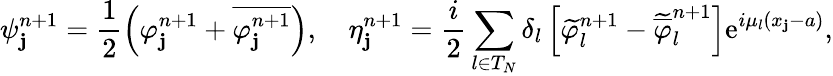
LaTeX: \psi_{\mathbf{j}}^{n+1}=\frac{{1}}{{2}}\left(\varphi_{\mathbf{j}}^{n+1}+\overline{{{\varphi_{\mathbf{j}}^{n+1}}}}\right),\quad\eta_{\mathbf{j}}^{n+1}=\frac{{i}}{{2}}\sum_{l\in{T}_{N}}\delta_{l}\left[\widetilde{{\varphi}}_{l}^{n+1}-\widetilde{{\overline{{{\varphi}}}}}_{l}^{n+1}\right]\textrm{{e}}^{i\mu_{l}(x_{\mathbf{j}}-a)},